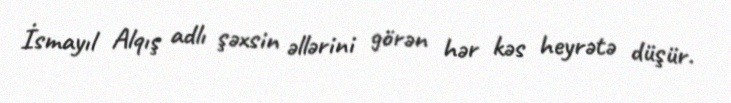
İsmayıl Alqış adlı şəxsin əllərini görən hər kəs heyrətə düşür.